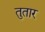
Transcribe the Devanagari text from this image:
तुतार